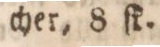
cher, 8 ſk.